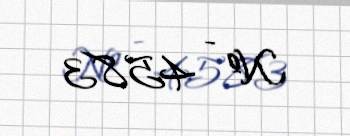
№ - 4583